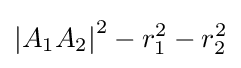
\left|A_{1}A_{2}\right|^{2}-r_{1}^{2}-r_{2}^{2}